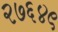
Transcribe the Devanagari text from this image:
२७६४९